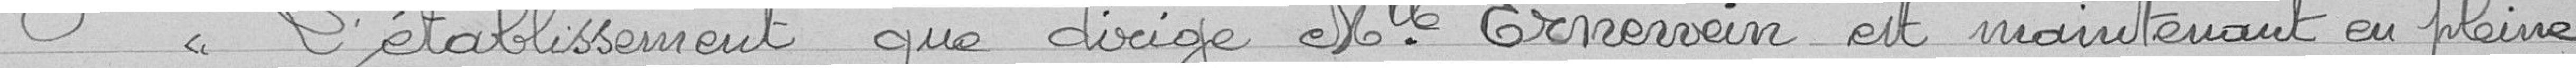
"L'établissement que dirige Mademoiselle Ernewein est maintenant en pleine